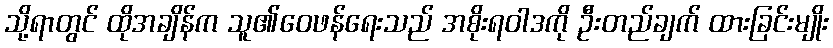
သို့ရာတွင် ထိုအချိန်က သူ၏ဝေဖန်ရေးသည် အစိုးရဝါဒကို ဦးတည်ချက် ထားခြင်းမျိုး